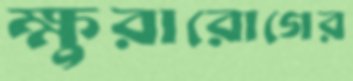
ক্ষুরারোগের